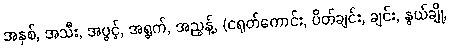
အနှစ်, အသီး, အပွင့်, အရွက်, အညွန့်, (ငရုတ်ကောင်း, ပိတ်ချင်း, ချင်း, နွယ်ချို,